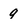
Character: 9